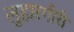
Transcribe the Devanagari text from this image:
लुहारगीरी